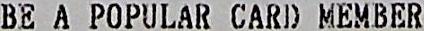
BE A POPULAR CARD MEMBER